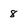
Character: 8